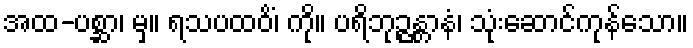
အထ-ပစ္ဆာ၊ မှ။ ရသပထဝိံ၊ ကို။ ပရိဘုဉ္ဇန္တာနံ၊ သုံးဆောင်ကုန်သော။